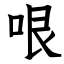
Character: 哏